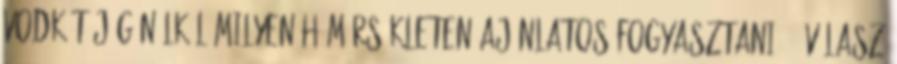
vodkát jég nélkül milyen hőmérsékleten ajánlatos fogyasztani? 4 válasz